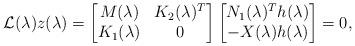
LaTeX: \begin{align*}\mathcal{L}(\lambda)z(\lambda) = \begin{bmatrix}M(\lambda) & K_2(\lambda)^T \\ K_1(\lambda) &0\end{bmatrix}\begin{bmatrix}N_1(\lambda)^Th(\lambda) \\ -X(\lambda)h(\lambda)\end{bmatrix}=0,\end{align*}